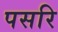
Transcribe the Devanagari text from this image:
पसरि